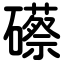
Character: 礤